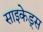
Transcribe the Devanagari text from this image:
साइकेड्स